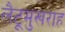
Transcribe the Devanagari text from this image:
लैटूमुखराह